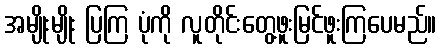
အမျိုးမျိုး ပြကြ ပုံကို လူတိုင်းတွေ့ဖူးမြင်ဖူးကြပေမည်။